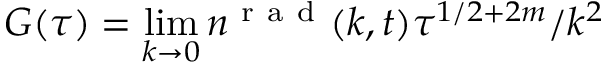
G ( \tau ) = \operatorname* { l i m } _ { k \to 0 } n ^ { \mathrm { ~ r ~ a ~ d ~ } } ( k , t ) \tau ^ { 1 / 2 + 2 m } / k ^ { 2 }